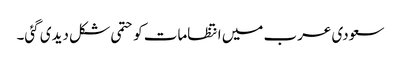
سعودی عرب میں انتظامات کو حتمی شکل دیدی گئی۔